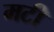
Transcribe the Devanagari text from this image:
मटी